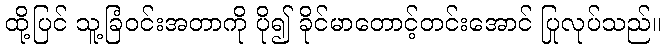
ထို့ပြင် သူ့ခြံဝင်းအတာကို ပို၍ ခိုင်မာတောင့်တင်းအောင် ပြုလုပ်သည်။